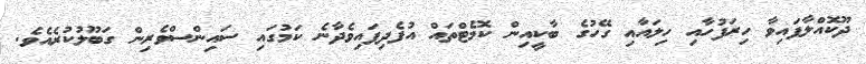
ދޫކޮއްލާފައިވާ ހިރަފުހާއި ހިލައާއި ގޭހުގެ ބާކީއިން ކޮމެޓްތައް އުފެދިފައިވެދާނެ ކަމުގައި ސައިންސްވެރިން ގަބޫލުކުރެއެވެ.